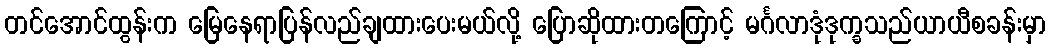
တင်အောင်ထွန်းက မြေနေရာပြန်လည်ချထားပေးမယ်လို့ ပြောဆိုထားတကြောင့် မင်္ဂလာဒုံဒုက္ခသည်ယာယီစခန်းမှာ